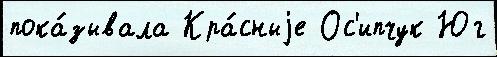
пока́зывала Кра́сныjе Ос'ипчук Юг